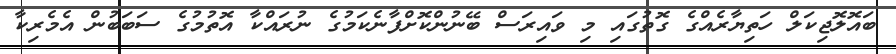
ބައޮލޮޖިކަލް ހަތިޔާރެއްގެ ގޮތުގައި މި ވައިރަސް ބޭނުންކޮށްފާނެކަމުގެ ނުރައްކާ އޮތުމުގެ ސަބަބުން އެމެރިކާ